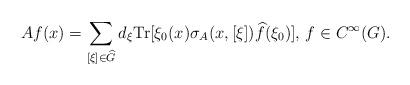
LaTeX: \begin{align*} Af(x)=\sum_{[\xi]\in \widehat{G}}d_\xi\textnormal{Tr}[\xi_0(x)\sigma_{A}(x,[\xi])\widehat{f}(\xi_0)],\,f\in C^\infty(G). \end{align*}